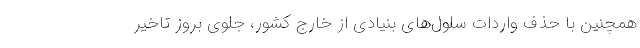
همچنین با حذف واردات سلول‌های بنیادی از خارج كشور، جلوی بروز تاخیر